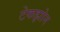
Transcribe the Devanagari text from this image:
टेकझोन